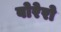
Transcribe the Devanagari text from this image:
बोरेरो